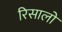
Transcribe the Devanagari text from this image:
रिसालों